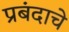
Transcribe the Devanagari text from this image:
प्रबंदाचे